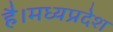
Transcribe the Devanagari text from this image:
है।मध्यप्रदेश